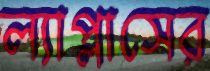
ল্যাপ্লাসের